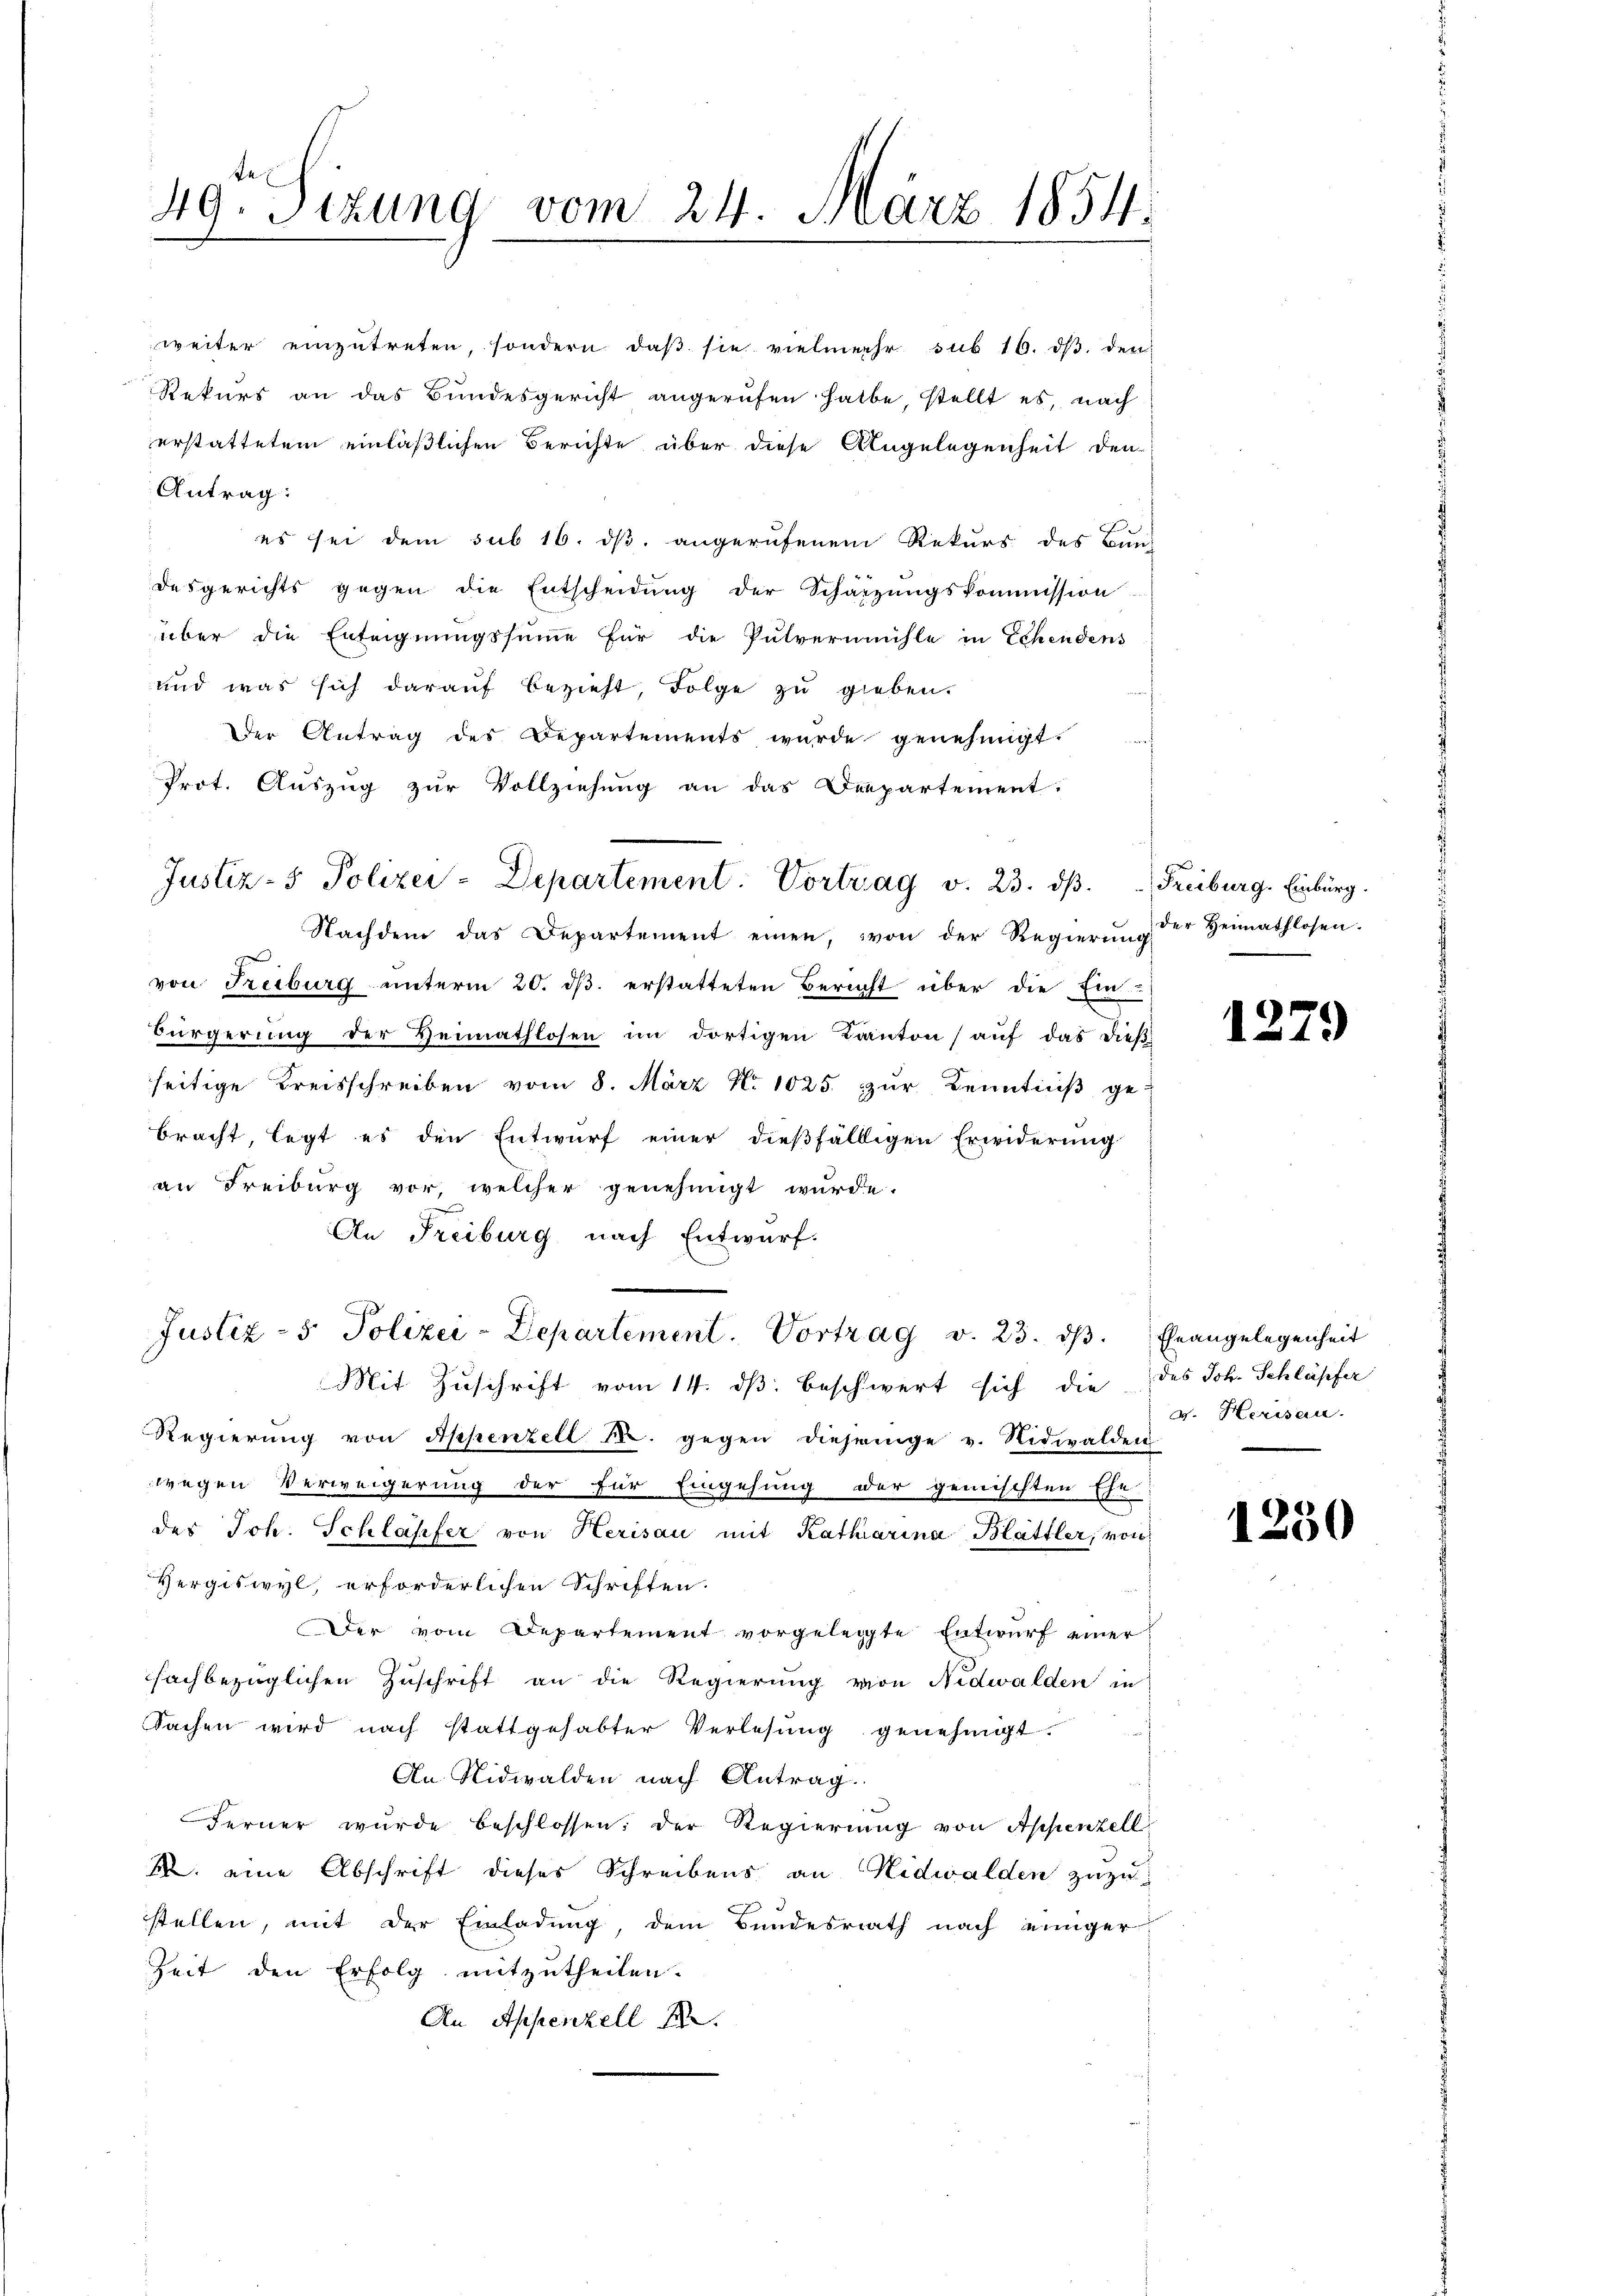
49. Sizung vom 24. März 1854.

Nachdem das Departement einen, von der Regierŭng der Heimathlosen.
m
von Freiburg unterm 20. ds. erstatteten Bericht über die Ein-
Bürgerung der Heimathlosen im dortigen Kanton auf das dieß
seitige Kreisschreiben vom 8. März No 1025 zur Kenntniß ge-
bracht, legt es den Entwurf einer dießfällligen Erwiderung
an Freiburg vor, welcher genehmigt wurde.
An Freiburg nach Entwurf.
d
Justiz - 5. Polizei-Departement. Vortrag v. 23. dβ. Eheangelegenheit
Mit Zuschrift vom 14. ds. beschwert sich die des Joh. Schläpfer
Regierung von Appenzell M. gegen diejenige v. Nidwalden
wegen Verweigerung der für Eingehung der gemischten Er
des Joh. Schläpfer von Herisau mit Katharina Blattler, von
Hergiswyl, erforderlichen Schriften.
Der vom Departement vorgelegte Entwŭrf einer
fachbezüglichen Zuschrift an die Regierung von Nidwalden in
Sachen wird nach stattgehabter Verlesung genehmigt.
An Nidwalden nach Antrag.
Ferner wurde beschlossen, der Regierung von Appenzell
M. eine Abschrift dieses Schreibens an Nidwalden zuzustellen, mit der Einladung dem Bundesrath nach einiger
Zeit den Erfolg mitzutheilen.
An Appenzell A.

weiter einzŭtreten, sondern daβ sie vielmehr sub 16. dβ. den
Rekurs an das Bundesgericht angerufen halbe, stellt es, nach
erstattetem einläßlichen Berichte über diese Angelegenheit den
Antrag:
es sei dem sub 16. ds. angerufenem Rekurs des Baus
desgerichts gegen die Entscheidung der Schätzungskommission
über die Enteignungssumme für die Pulvermühle in Echendens
und was sich daraŭf bezieht, folge zu gieben.
Der Antrag des Departements wurde genehmigt.
Prot. Auszug zur Vollziehung an das Departement.

Justiz- & Polizei-Departement. Vortrag v. 23. dβ.  Freiburg. Einburg.

1279

v. Herisau.

1250